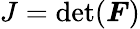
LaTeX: J=\operatorname*{det}(\boldsymbol{F})